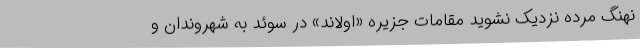
نهنگ‌ مرده نزدیک نشوید مقامات جزیره «اولاند» در سوئد به شهروندان و